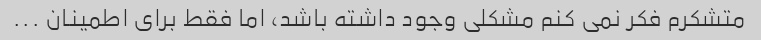
متشکرم فکر نمی کنم مشکلی وجود داشته باشد، اما فقط برای اطمینان ...